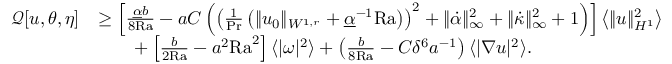
\begin{array} { r l } { \mathcal { Q } [ u , \theta , \eta ] } & { \geq \left[ \frac { \underline { { \alpha } } b } { 8 \mathrm { { R a } } } - a C \left( \left( \frac { 1 } { \mathrm { P r } } \left( \| u _ { 0 } \| _ { W ^ { 1 , r } } + \underline { { \alpha } } ^ { - 1 } \mathrm { { R a } } \right) \right) ^ { 2 } + \| \dot { \alpha } \| _ { \infty } ^ { 2 } + \| \dot { \kappa } \| _ { \infty } ^ { 2 } + 1 \right) \right] \left\langle \| u \| _ { H ^ { 1 } } ^ { 2 } \right\rangle } \\ & { \qquad + \left[ \frac { b } { 2 { \mathrm { R a } } } - a ^ { 2 } \mathrm { { R a } } ^ { 2 } \right] \langle | \omega | ^ { 2 } \rangle + \left( \frac { b } { 8 { \mathrm { R a } } } - C \delta ^ { 6 } a ^ { - 1 } \right) \langle | \nabla u | ^ { 2 } \rangle . } \end{array}